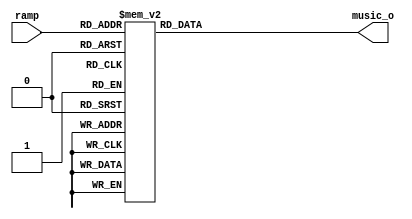
module wave_gen_square(
input  [5:0] ramp,
output reg [15:0]music_o
);


always@(ramp[5:0])
begin
    case(ramp[5:0])
 0 :music_o=16'hFFFFE000;
 1 :music_o=16'hFFFFE000;
 2 :music_o=16'hFFFFE000;
 3 :music_o=16'hFFFFE000;
 4 :music_o=16'hFFFFE000;
 5 :music_o=16'hFFFFE000;
 6 :music_o=16'hFFFFE000;
 7 :music_o=16'hFFFFE000;
 8 :music_o=16'hFFFFE000;
 9 :music_o=16'hFFFFE000;
 10 :music_o=16'hFFFFE000;
 11 :music_o=16'hFFFFE000;
 12 :music_o=16'hFFFFE000;
 13 :music_o=16'hFFFFE000;
 14 :music_o=16'hFFFFE000;
 15 :music_o=16'hFFFFE000;
 16 :music_o=16'hFFFFE000;
 17 :music_o=16'hFFFFE000;
 18 :music_o=16'hFFFFE000;
 19 :music_o=16'hFFFFE000;
 20 :music_o=16'hFFFFE000;
 21 :music_o=16'hFFFFE000;
 22 :music_o=16'hFFFFE000;
 23 :music_o=16'hFFFFE000;
 24 :music_o=16'hFFFFE000;
 25 :music_o=16'hFFFFE000;
 26 :music_o=16'hFFFFE000;
 27 :music_o=16'hFFFFE000;
 28 :music_o=16'hFFFFE000;
 29 :music_o=16'hFFFFE000;
 30 :music_o=16'hFFFFE000;
 31 :music_o=16'hFFFFE000;
 32 :music_o=16'h1FFF;
 33 :music_o=16'h1FFF;
 34 :music_o=16'h1FFF;
 35 :music_o=16'h1FFF;
 36 :music_o=16'h1FFF;
 37 :music_o=16'h1FFF;
 38 :music_o=16'h1FFF;
 39 :music_o=16'h1FFF;
 40 :music_o=16'h1FFF;
 41 :music_o=16'h1FFF;
 42 :music_o=16'h1FFF;
 43 :music_o=16'h1FFF;
 44 :music_o=16'h1FFF;
 45 :music_o=16'h1FFF;
 46 :music_o=16'h1FFF;
 47 :music_o=16'h1FFF;
 48 :music_o=16'h1FFF;
 49 :music_o=16'h1FFF;
 50 :music_o=16'h1FFF;
 51 :music_o=16'h1FFF;
 52 :music_o=16'h1FFF;
 53 :music_o=16'h1FFF;
 54 :music_o=16'h1FFF;
 55 :music_o=16'h1FFF;
 56 :music_o=16'h1FFF;
 57 :music_o=16'h1FFF;
 58 :music_o=16'h1FFF;
 59 :music_o=16'h1FFF;
 60 :music_o=16'h1FFF;
 61 :music_o=16'h1FFF;
 62 :music_o=16'h1FFF;
 63 :music_o=16'h1FFF;
default	:music_o=0;
	endcase
end
endmodule